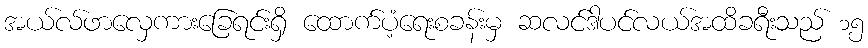
အယ်လ်ဖာလှေကားခြေရင်းရှိ ထောက်ပံ့ရေးစခန်းမှ ဆလင်ဒါပင်လယ်အထိခရီးသည် ၁၅